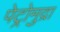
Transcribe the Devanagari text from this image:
पेट्रोमुद्रा